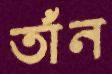
তাঁন